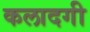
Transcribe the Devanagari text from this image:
कलादगी